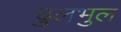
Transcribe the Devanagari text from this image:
ढुलभुल